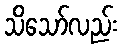
သိသော်လည်း